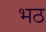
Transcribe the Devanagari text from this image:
भठ